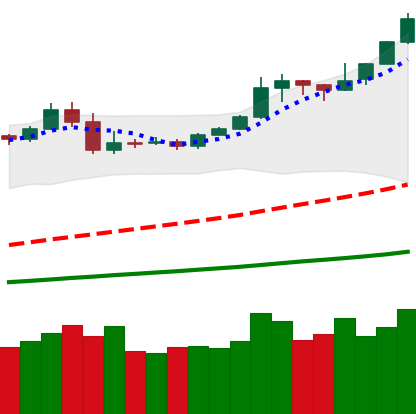
Ticker: BTC-USD
Chart end date: 2019-05-10
Forward return: 28.631%
Label: up_7plus